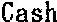
CASH